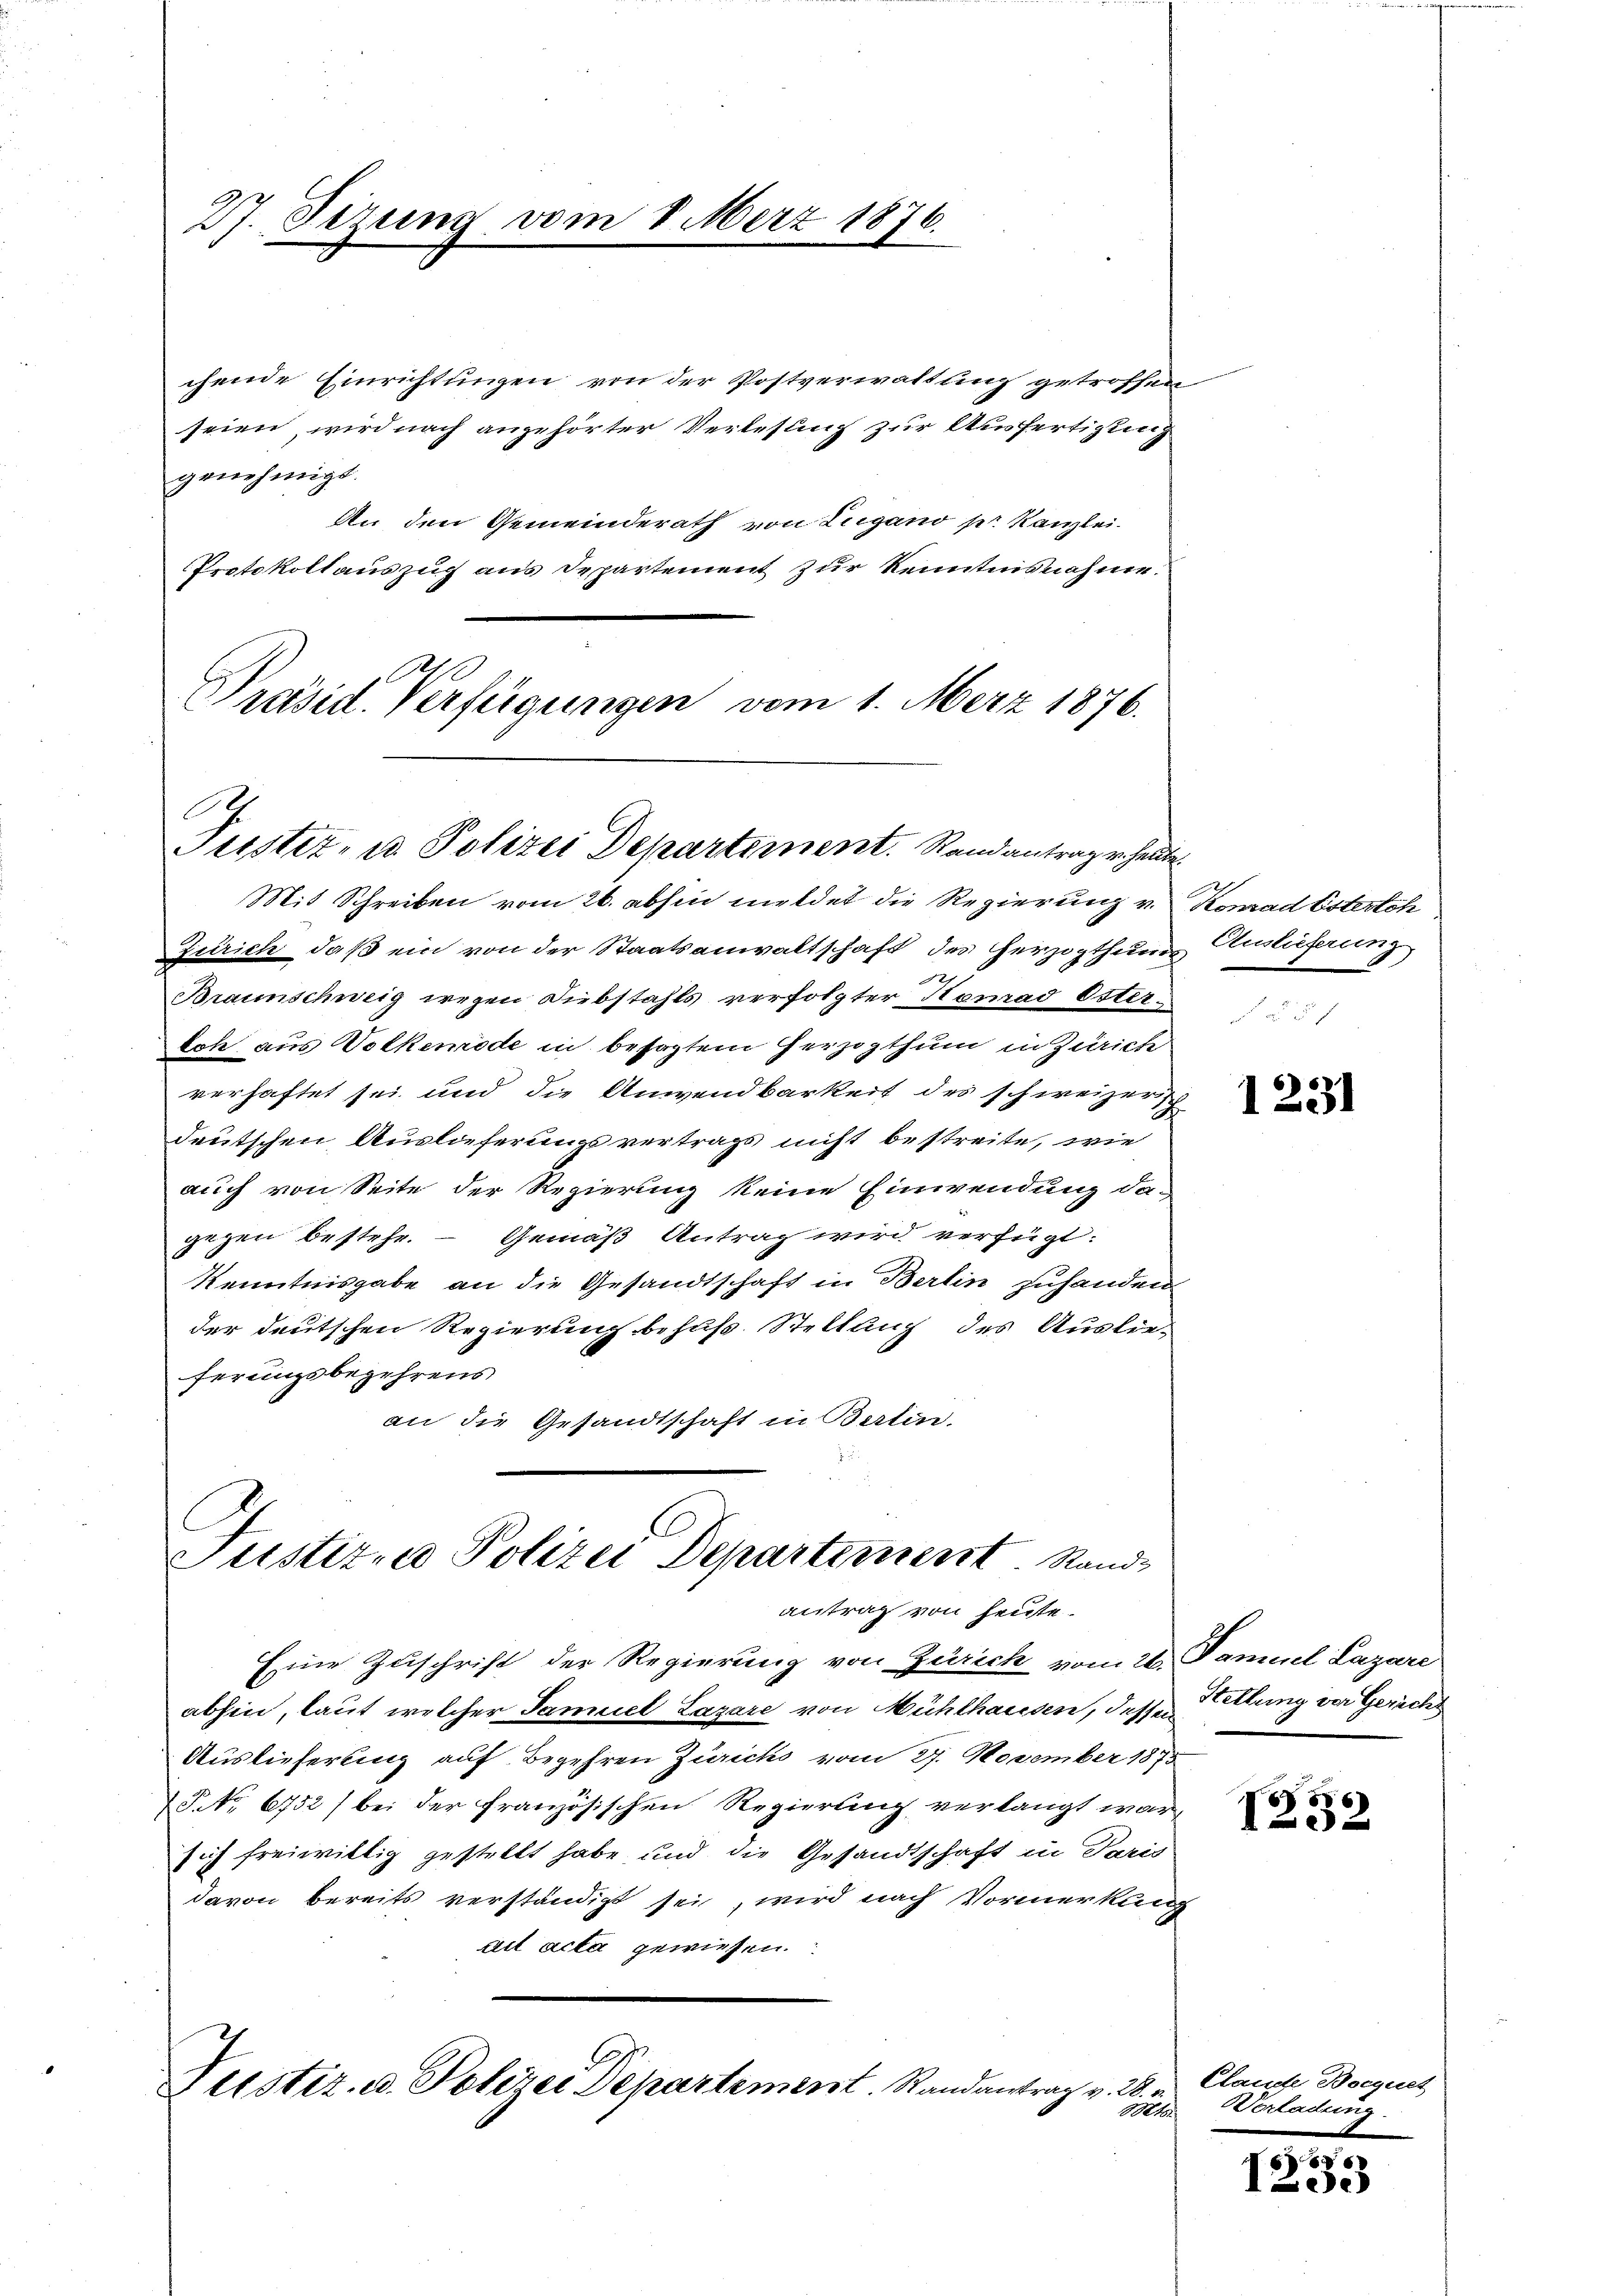
27. Sizung vom 8. Merz 1876.

chende Einrichtungen von der Postverwaltung getroffen
seien wird nach angehörter Verlesung zur Ausfertigung
genehmigt.
An den Gemeinderath von Lugano pr. Kanzlei
Protokollauszug aus Departement zur Kenntnisnahme.

Präsid. Verfügungen vom 1. März 1876.
Puster- u Polizei Departement. Stand antrage heute

Zürich, daß ein von der Staatsanwaltschaft des Herzogthum Auslieferung
Braunschweig wegen Diebstahls verfolgter Homas Öster
koh aus Volkemode in besagtem Herzogthum in Zürich
verhaftet sei und die Anwendbarkeit des schweizer
deutschen Auslieferungsvertrags nicht bestreite, wie
auch von Seite der Regierung keine Einwendung da-
gegen bestehe. — Gemäß Antrag wird verfügt:
Kenntnisgabe an die Gesandtschaft in Berlin zuhanden
der deutschen Regierung behuf Stellung des Auslie-
ferungsbegehrens
an die Gesandtschaft in Berlin.

Justiz- & Polizei Departement Standantrag von heute.

Mit Schreiben vom 26. abhin meldet die Regierung v. Konrad Esterth

Eine Zuschrift der Regierung von Zürich vom 24. Famuel Lazare
abhin, laut welcher Saniel Lazare von Mühlhausen, desse Geltung vor Gerichs
Auslieferung auf Begehren Zürichs vom 27. November 1875
P No. 6752) bei der französischen Regierung verlangt war,
sich freiwillig gestellt habe und die Gesandtschaft in Paris
davon bereits verständigt sei, wird nach Vormerkung
ait acta gewiesen.
Justiz- u. Polizei Departement. Randantrag v. 28.

f

1231

I232

Clande Bocquet
oet Verladung.

65
1 See